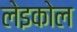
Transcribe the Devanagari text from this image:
लेइकोल